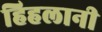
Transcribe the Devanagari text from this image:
हिहलानी